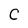
Character: C